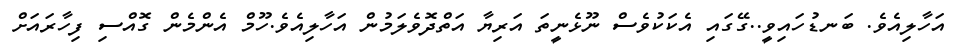
އަހާލިއެވެ. ބަނޑުހައިވީ..ގޭގައި އެކަކުވެސް ނޫޅެނީތަ އަރިޔާ އަތްދޮވެލަމުން އަހާލިއެވެ.ހޫމް އެންމެން ގޮއްސި ފިހާރައަށް